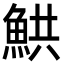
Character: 䱋